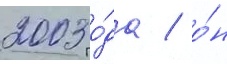
2003 го́да / о́н